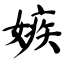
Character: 嫉